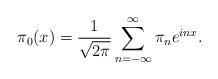
\begin{align*}\pi_0(x)={1\over \sqrt{2\pi}}\sum_{n=-\infty}^\infty \pi_ne^{inx}.\end{align*}